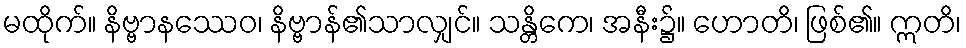
မထိုက်။ နိဗ္ဗာနဿေဝ၊ နိဗ္ဗာန်၏သာလျှင်။ သန္တိကေ၊ အနီး၌။ ဟောတိ၊ ဖြစ်၏။ ဣတိ၊